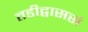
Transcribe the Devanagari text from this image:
तडीद्वाससं